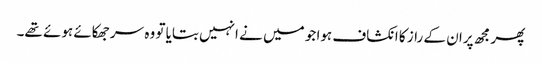
پھر مجھ پران کے راز کا انکشاف ہوا جو میں نے انہیں بتایا تو وہ سر جھکائے ہوئے تھے۔